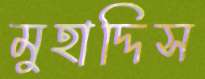
মুহাদ্দিস